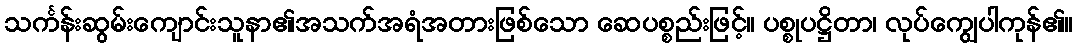
သင်္ကန်းဆွမ်းကျောင်းသူနာ၏အသက်အရံအတားဖြစ်သော ဆေပစ္စည်းဖြင့်။ ပစ္စုပဋ္ဌိတာ၊ လုပ်ကျွေပါကုန်၏။